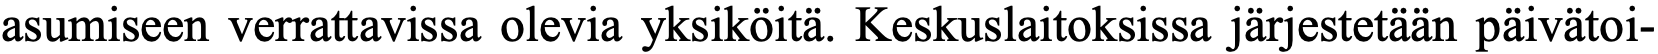
asumiseen verrattavissa olevia yksiköitä. Keskuslaitoksissa järjestetään päivätoi-